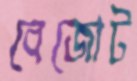
বেজোট